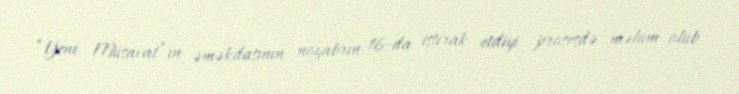
“Yeni Müsavat”ın əməkdaşının noyabrın 16-da iştirak etdiyi prosesdə məlum olub